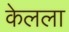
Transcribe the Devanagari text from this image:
केलला